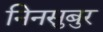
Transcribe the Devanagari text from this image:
निनसुबुर